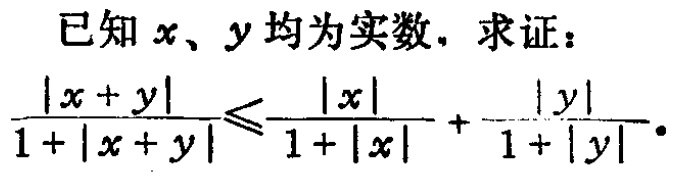
已知 \(x\)、\(y\) 均为实数，求证：\(\frac{|x + y|}{1 + |x + y|}\leqslant\frac{|x|}{1 + |x|}+\frac{|y|}{1 + |y|}\)